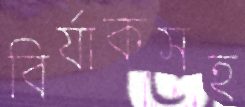
বির্যাকসহ